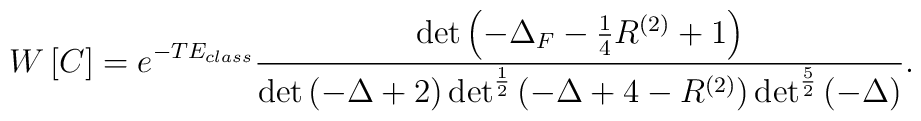
W\left[ C\right] = e^{-TE_{class}}\frac{\det\left( -\Delta_F    -\frac{1}{4}R^{(2)} +1\right)}{\det\left( -\Delta      +2\right)\det^{\frac{1}{2}}\left( -\Delta +4 - R^{(2)}\right)    \det ^{\frac{5}{2}}\left( -\Delta\right)} .